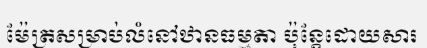
ម៉ែត្រសម្រាប់លំនៅឋានធម្មតា ប៉ុន្តែដោយសារ